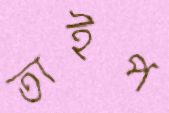
তাইপ